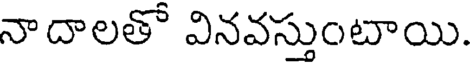
నాదాలతో వినవస్తుంటాయి.